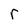
Character: r